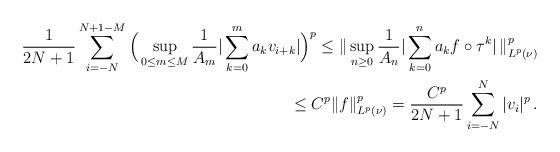
LaTeX: \begin{align*}\frac1{2N+1}\sum_{i=-N}^{N+1-M} \Big(\sup_{0\le m\le M}\frac{1}{A_{m}} |\sum_{k =0}^{m}a_k v_{i+k}|\Big)^p \le \|\sup_{n\ge 0} \frac1{A_{n}}|\sum_{k=0}^{n}a_kf\circ \tau^k|\, \|_{L^p(\nu)}^p\\\le C^p\|f\|_{L^p(\nu)}^p= \frac{C^p}{2N+1}\sum_{i=-N}^N |v_i|^p\, .\end{align*}